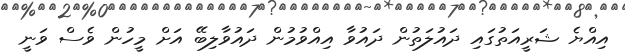
އިއްޔެ ޝަރީއަތުގައި ދައުލަތުން ދައުވާ އިއްވުމުން ދައުވާލިބޭ އަށް މީހުން ވެސް ވަނީ